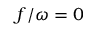
f / \omega = 0